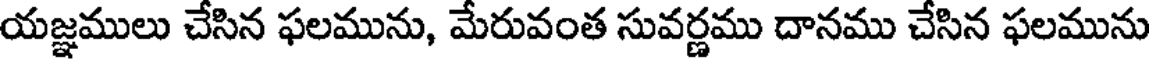
యజ్ఞములు చేసిన ఫలమును, మేరువంత సువర్ణము దానము చేసిన ఫలమును